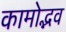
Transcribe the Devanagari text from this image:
कामोद्भव